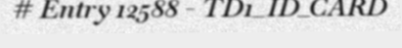
# Entry 12588 - TD1_ID_CARD